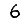
Digit: 6